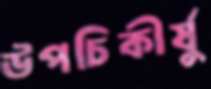
উপচিকীর্ষু